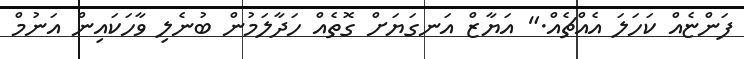
ފަންޏެއް ކަހަލަ އެއްޗެއް." އަޔާޒް އަނގަޔަށް ގޮތެއް ހަދާލަމުން ބުނެލި ވާހަކައިން އަނުމް